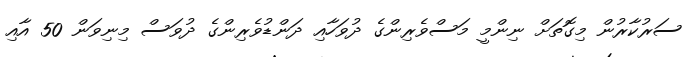
ސަރުކާރުން މިގޮތަށް ނިންމީ މަސްވެރިންގެ ދުވަހާއި ދަންޑުވެރިންގެ ދުވަސް މިނިވަން 50 އާއި